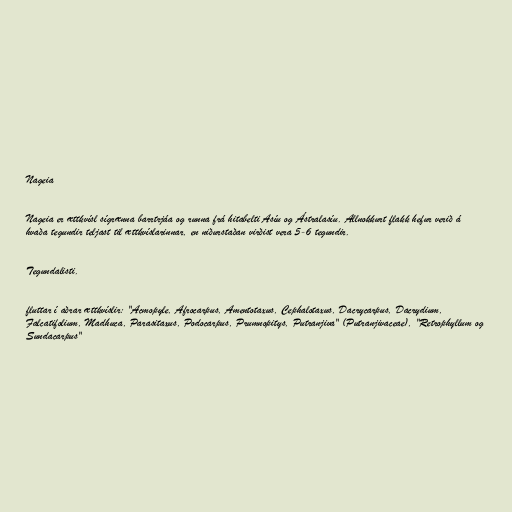
Nageia

Nageia er ættkvísl sígrænna barrtrjáa og runna frá hitabelti Asíu og Ástralasíu. Allnokkurt flakk hefur verið á
hvaða tegundir teljast til ættkvíslarinnar, en niðurstaðan virðist vera 5-6 tegundir.

Tegundalisti.

fluttar í aðrar ættkvíslir: "Acmopyle, Afrocarpus, Amentotaxus, Cephalotaxus, Dacrycarpus, Dacrydium,
Falcatifolium, Madhuca, Parasitaxus, Podocarpus, Prumnopitys, Putranjiva" (Putranjivaceae), "Retrophyllum og
Sundacarpus"